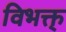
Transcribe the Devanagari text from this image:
विभक्त्